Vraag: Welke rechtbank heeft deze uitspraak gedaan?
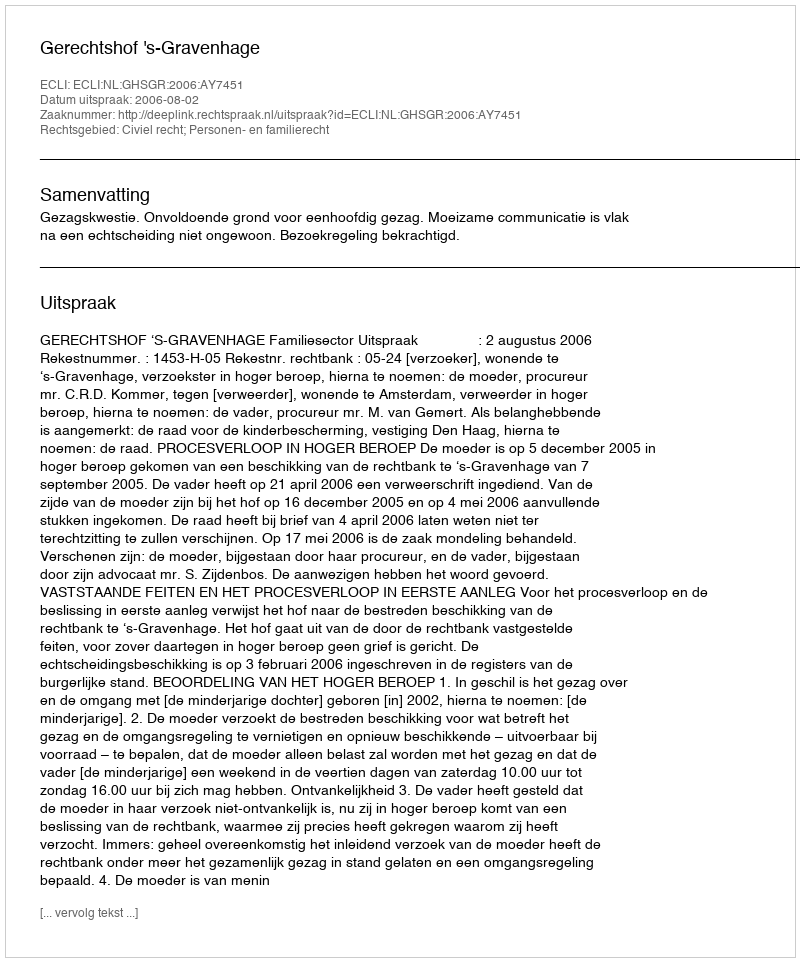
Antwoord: Gerechtshof 's-Gravenhage